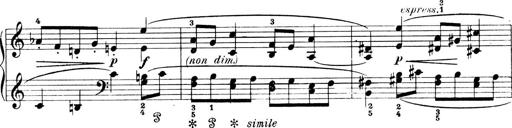
Title: 4 Sonatines
Composer: Max Reger